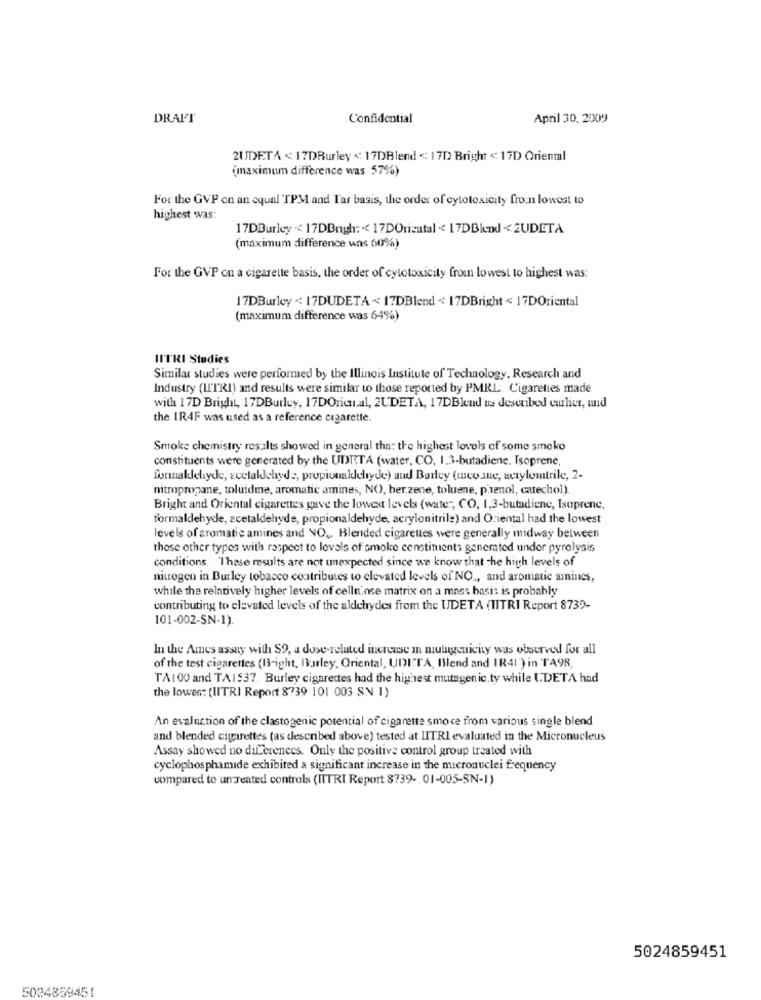
DRAFT
Confidential
April 30, 2009
2UDETA < 17DBurley <: 17DBlend < 17D> Bright <17D Oriental
(maximum difference was 57%)
For the GVP on an equal TPM and Tar basis, the order of cytotoxicity fron lowest to
highest was:
17DBurley < 17DBngh :< 17DOrizutal < 17DBlend <ZUDETA
(maximum difference was 60%)
For the GVP on a cigarette basis, the order of cytotoxicity from lowest to highest was:
17DBurley <: 17DUDETA << 17DBlend << 17DBright < 17DOriental
(maximum difference was 64%)
II'TRI Studies
Similar studies were performed by the Illinois Institute of Technology. Research and
Industry (LITRI) and results were similar to those reported by PMRL. Cigarettes made
with 17D Bright, 17DBurluy, 17DOric.al, 2UDETA, 17DBlend as described curlier, und
the IR4F was used as a reference cigarette.
Smoke chemistry results showed in general tha; the highest levels of some smoke
constituents were generated by the UDTTA (water, CO, 1.3-butadiene. Isoprene,
formaldehyde, acetaldehyd :, propionaldehyde) and Burley (meo ane, acrylomtrile, 2-
nitropropane, toluidme, aromatic amines, NO, herzene, toluene, p'senol, catechol).
Bright and Oriental cigarettes gave the lowest levels (water, CO, 1,3-butadiene, Isoprene,
formaldehyde, acetaldehyde, propionaldehyde, acrylonitrile) and Oriental had the lowest
levels of zromatic amines and NO ., Blended cigarettes were generally midway between
those other types with respect to levels of smoke constituents generated under pyrolysis
conditions. These results are not unexpected since we know that the high levels of
nitrogen in Burley tobacco contributes to elevated levels of NO ., and aromatic amines,
while the relatively higher levels of celln'ose matrix on a mass basis is probably
contributing to elevated levels of the aldehydes from the UDETA (TITRI Report 8739-
101-002-SN-1).
In the Ames assay with S9, a dose-related increase m mulugenicity was observed for all
of the test cigarettes (13-ight, Barley, Oriental, UDITA, Blend and IR41') in TA98,
TA100 and TAIS37. Burley cigarettes had the highest mutagenic.ty while LDETA had
the lowes: (IITRI Report 8739 101 003 SN 1)
An evaluation of the clastogenic potential of cigarette smoke from various single blend
and blended cigarettes (as described above) tested at LITRI evaluated in the Micronucleus
Assay showed no differences. Only the positive control group treated with
cyclophosphamide exhibited a significant increase in the micronuclei frequency
compared to un Teated controls (ITTRI Report 8739 -. 01-005-SN-1)
5024859451
5024859451